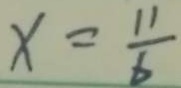
x = \frac { 1 1 } { 6 }